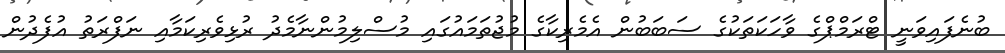
ބުނެފައިވަނީ ޓްރަމްޕްގެ ވާހަކަތަކުގެ ސަބަބުން އެމެރިކާގެ މުޖުތަމައުގައި މުސްލިމުންނާމެދު ރުޅިވެރިކަމާއި ނަފްރަތު އުފެދުން